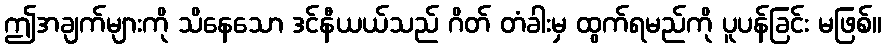
ဤအချက်များကို သိနေသော ဒင်နီယယ်သည် ဂိတ် တံခါးမှ ထွက်ရမည်ကို ပူပန်ခြင်း မဖြစ်။